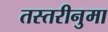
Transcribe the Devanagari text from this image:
तस्तरीनुमा